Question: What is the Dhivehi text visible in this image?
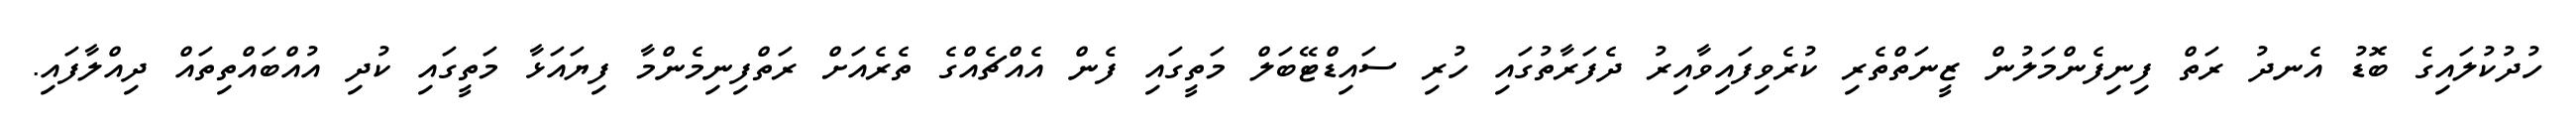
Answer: ހުދުކުލައިގެ ބޮޑު އެނދު ރަތް ފިނިފެންމަލުން ޒީނަތްތެރި ކުރެވިފައިވާއިރު ދެފަރާތުގައި ހުރި ސައިޑްޓޭބަލް މަތީގައި ފެން އެއްޗެއްގެ ތެރެއަށް ރަތްފިނިމެންމާ ފިޔައަޅާ މަތީގައި ކުދި އުއްބައްތިތައް ދިއްލާފައި.